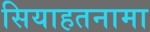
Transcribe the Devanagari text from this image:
सियाहतनामा